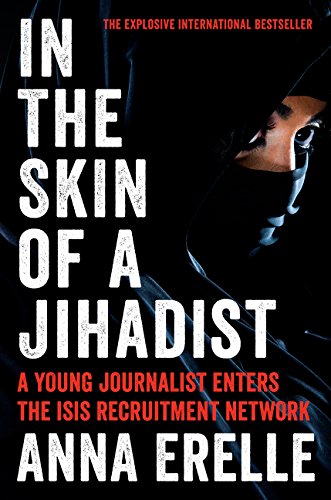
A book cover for In the Skin of a Jihadist: A Young Journalist Enters the ISIS Recruitment Network; Anna Erelle; Biographies & Memoirs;